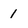
Character: 1